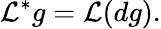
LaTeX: {\mathcal{L}}^{*}g={\mathcal{L}}(dg).